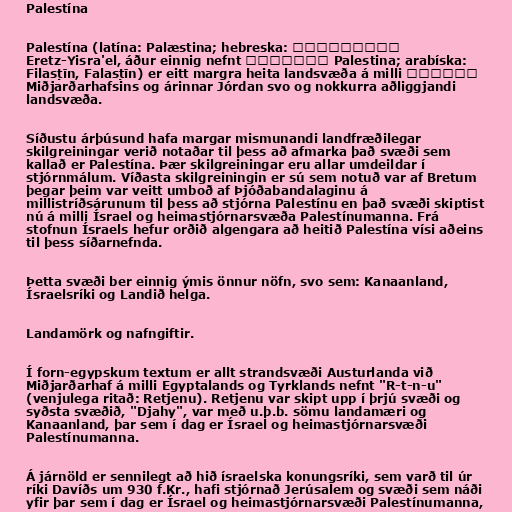
Palestína

Palestína (latína: Palæstina; hebreska: ארץ־ישראל
Eretz-Yisra'el, áður einnig nefnt פלשתינה Palestina; arabíska:
فلسطين Filasṭīn, Falasṭīn) er eitt margra heita landsvæða á milli
Miðjarðarhafsins og árinnar Jórdan svo og nokkurra aðliggjandi
landsvæða.

Síðustu árþúsund hafa margar mismunandi landfræðilegar
skilgreiningar verið notaðar til þess að afmarka það svæði sem
kallað er Palestína. Þær skilgreiningar eru allar umdeildar í
stjórnmálum. Víðasta skilgreiningin er sú sem notuð var af Bretum
þegar þeim var veitt umboð af Þjóðabandalaginu á
millistríðsárunum til þess að stjórna Palestínu en það svæði skiptist
nú á milli Ísrael og heimastjórnarsvæða Palestínumanna. Frá
stofnun Ísraels hefur orðið algengara að heitið Palestína vísi aðeins
til þess síðarnefnda.

Þetta svæði ber einnig ýmis önnur nöfn, svo sem: Kanaanland,
Ísraelsríki og Landið helga.

Landamörk og nafngiftir.

Í forn-egypskum textum er allt strandsvæði Austurlanda við
Miðjarðarhaf á milli Egyptalands og Tyrklands nefnt "R-t-n-u"
(venjulega ritað: Retjenu). Retjenu var skipt upp í þrjú svæði og
syðsta svæðið, "Djahy", var með u.þ.b. sömu landamæri og
Kanaanland, þar sem í dag er Ísrael og heimastjórnarsvæði
Palestínumanna.

Á járnöld er sennilegt að hið ísraelska konungsríki, sem varð til úr
ríki Davíðs um 930 f.Kr., hafi stjórnað Jerúsalem og svæði sem náði
yfir þar sem í dag er Ísrael og heimastjórnarsvæði Palestínumanna,